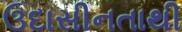
ઉદાસીનતાથી